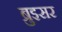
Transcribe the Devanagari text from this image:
ब्रुइसर